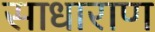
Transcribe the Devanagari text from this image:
साधाराण